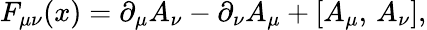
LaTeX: F_{\mu\nu}(x)=\partial_{\mu}A_{\nu}-\partial_{\nu}A_{\mu}+[A_{\mu},\, A_{\nu}],